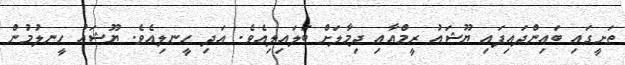
ތަށީގައި ބައިންދައިފައި ޔޫޝައު ރީމްއާއި ދިމާލަށް ބަލައިލިއެވެ. އަދި ހީނލިއެވެ. ޔޫޝައު ހީނލުމުން